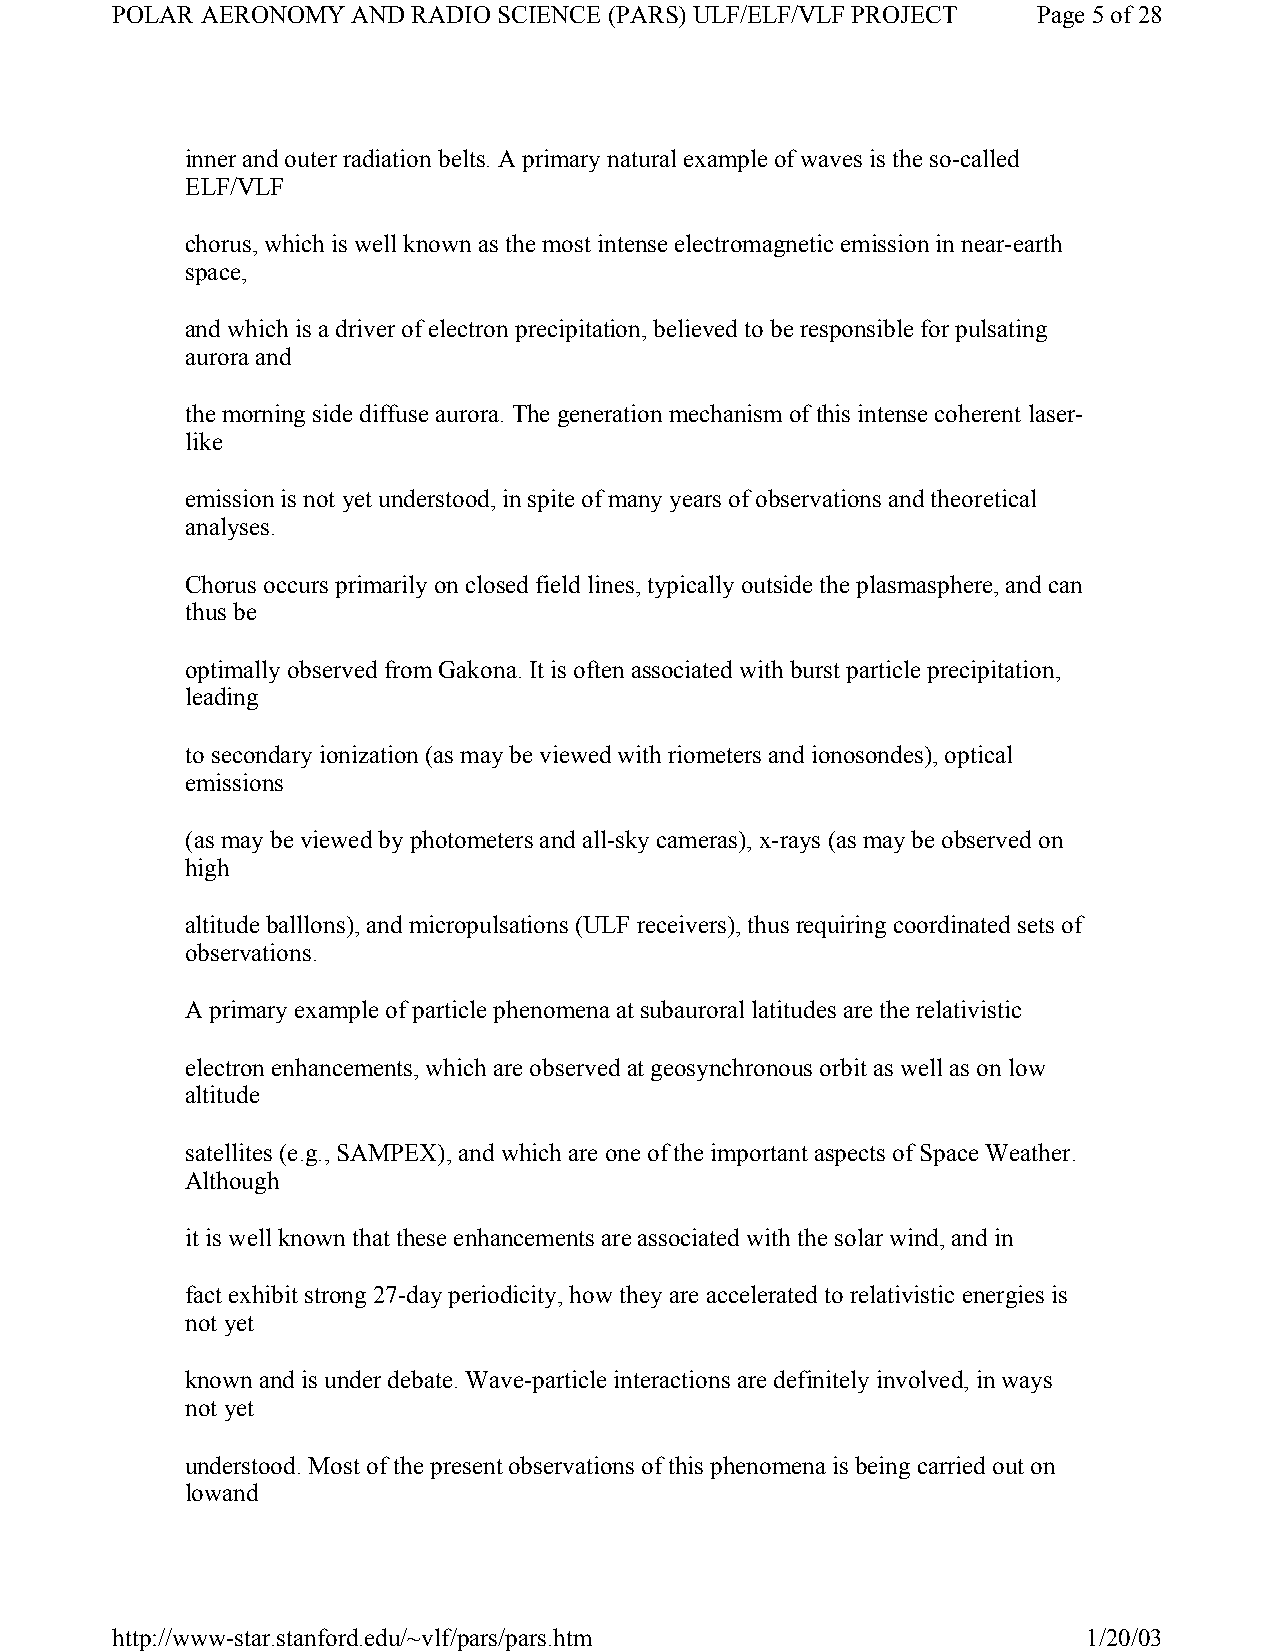
POLAR AERONOMY  AND RADIO SCIENCE (PARS) ULF/ELF/VLF PROJECT  Page 5 of 28
 inner and outer radiation belts. A primary natural example of waves is the so-called
 ELF/VLF
 chorus, which is well known as the most intense electromagnetic emission in near-earth
 space,
 and which is a driver of electron precipitation, believed to be responsible for pulsating
 aurora and
 the morning side diffuse aurora. The generation mechanism of this intense coherent laser-
 like
 emission is not yet understood, in spite of many years of observations and theoretical
 analyses.
 Chorus occurs primarily on closed field lines, typically outside the plasmasphere, and can
 thus be
 optimally observed from Gakona. It is often associated with burst particle precipitation,
 leading
 to secondary ionization (as may be viewed with riometers and ionosondes), optical
 emissions
 (as may be viewed by photometers and all-sky cameras), x-rays (as may be observed on
 high
 altitude balllons), and micropulsations (ULF receivers), thus requiring coordinated sets of
 observations.
 A primary example of particle phenomena at subauroral latitudes are the relativistic
 electron enhancements, which are observed at geosynchronous orbit as well as on low
 altitude
 satellites (e.g., SAMPEX), and which are one of the important aspects of Space Weather.
 Although
 it is well known that these enhancements are associated with the solar wind, and in
 fact exhibit strong 27-day periodicity, how they are accelerated to relativistic energies is
 not yet
 known and is under debate. Wave-particle interactions are definitely involved, in ways
 not yet
 understood. Most of the present observations of this phenomena is being carried out on
 lowand
 http://www-star.stanford.edu/~vlf/pars/pars.htm                  1/20/03